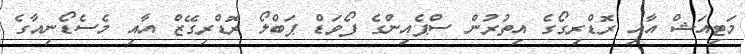
މަޓިއަޝް އާއި ރޮޑްރިގޯގެ އިތުރުން ސްޕެއިންގެ ފޯވަޑް ޕަބްލޯ ރޮޑްރިގޭޒް އާއި މެސެޑޯނިއާގެ